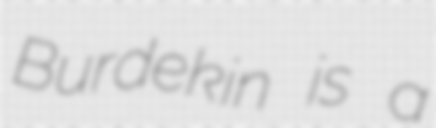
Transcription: Burdekin is a